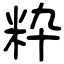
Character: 粋